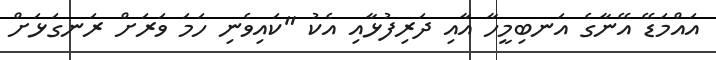
އައްމަޑޭ އޭނާގެ އަނބިމީހާ އާއި ދަރިފުޅާއި އެކު "ކައިވެނި ހަމަ ވަރަށް ރަނގަޅަށް